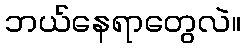
ဘယ်နေရာတွေလဲ။